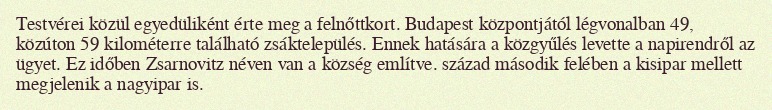
Testvérei közül egyedüliként érte meg a felnőttkort. Budapest központjától légvonalban 49, közúton 59 kilométerre található zsáktelepülés. Ennek hatására a közgyűlés levette a napirendről az ügyet. Ez időben Zsarnovitz néven van a község említve. század második felében a kisipar mellett megjelenik a nagyipar is.